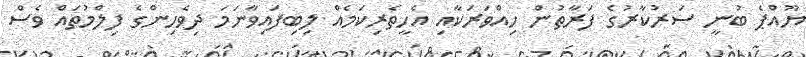
ޔޫއްޕެ ބުނީ ސަރުކާރުގެ ފަރާތުން ހިއްވަރަކާއި އެހީތެރިކަމެއް ލިބިފައިވާނަމަ ދިވެހިންގެ ފިލްމުތައް ވެސް